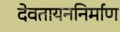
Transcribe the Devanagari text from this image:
देवतायननिर्माण